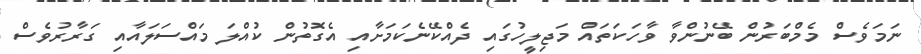
ނަމަވެސް މެމްބަރުން ބޭނުންވާ ވާހަކަތައް މަޖިލީހުގައި ދެއްކޭނެކަމަށާއި އެގޮތުން ކުއްލަ މައްސަލައާއި ގަރާރުވެސް